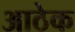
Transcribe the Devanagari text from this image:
आठेक